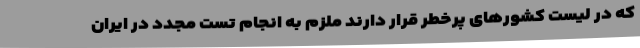
که در لیست کشورهای پرخطر قرار دارند ملزم به انجام تست مجدد در ایران